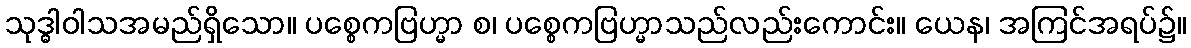
သုဒ္ဓါဝါသအမည်ရှိသော။ ပစ္စေကဗြဟ္မာ စ၊ ပစ္စေကဗြဟ္မာသည်လည်းကောင်း။ ယေန၊ အကြင်အရပ်၌။